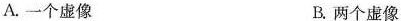
A.一个虚像 B.两个虚像